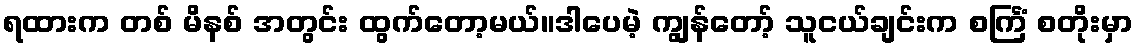
ရထားက တစ် မိနစ် အတွင်း ထွက်တော့မယ်။ဒါပေမဲ့ ကျွန်တော့် သူငယ်ချင်းက စင်္ကြံ စတိုးမှာ